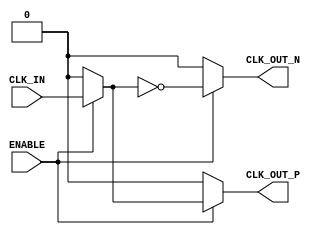
module differential_clock_buffer (
    input wire CLK_IN,      // Single-ended input clock
    input wire ENABLE,      // Enable signal to control the buffer
    output wire CLK_OUT_P,  // Positive differential clock output
    output wire CLK_OUT_N   // Negative differential clock output
);

// Internal signals
wire buffered_clk;

// Buffering the input clock signal when ENABLE is high
// This can be replaced with a specific buffer instantiation if available
assign buffered_clk = (ENABLE) ? CLK_IN : 1'b0; // Buffer output when ENABLE is high, else low

// Generating CLK_OUT_P and CLK_OUT_N based on ENABLE signal
assign CLK_OUT_P = (ENABLE) ? buffered_clk : 1'b0; // Positive output
assign CLK_OUT_N = (ENABLE) ? ~buffered_clk : 1'b0; // Negative output (inverted)

// Optional: ESD protection can be added here if necessary
// Note: ESD protection is typically handled in the physical design, not in Verilog

endmodule